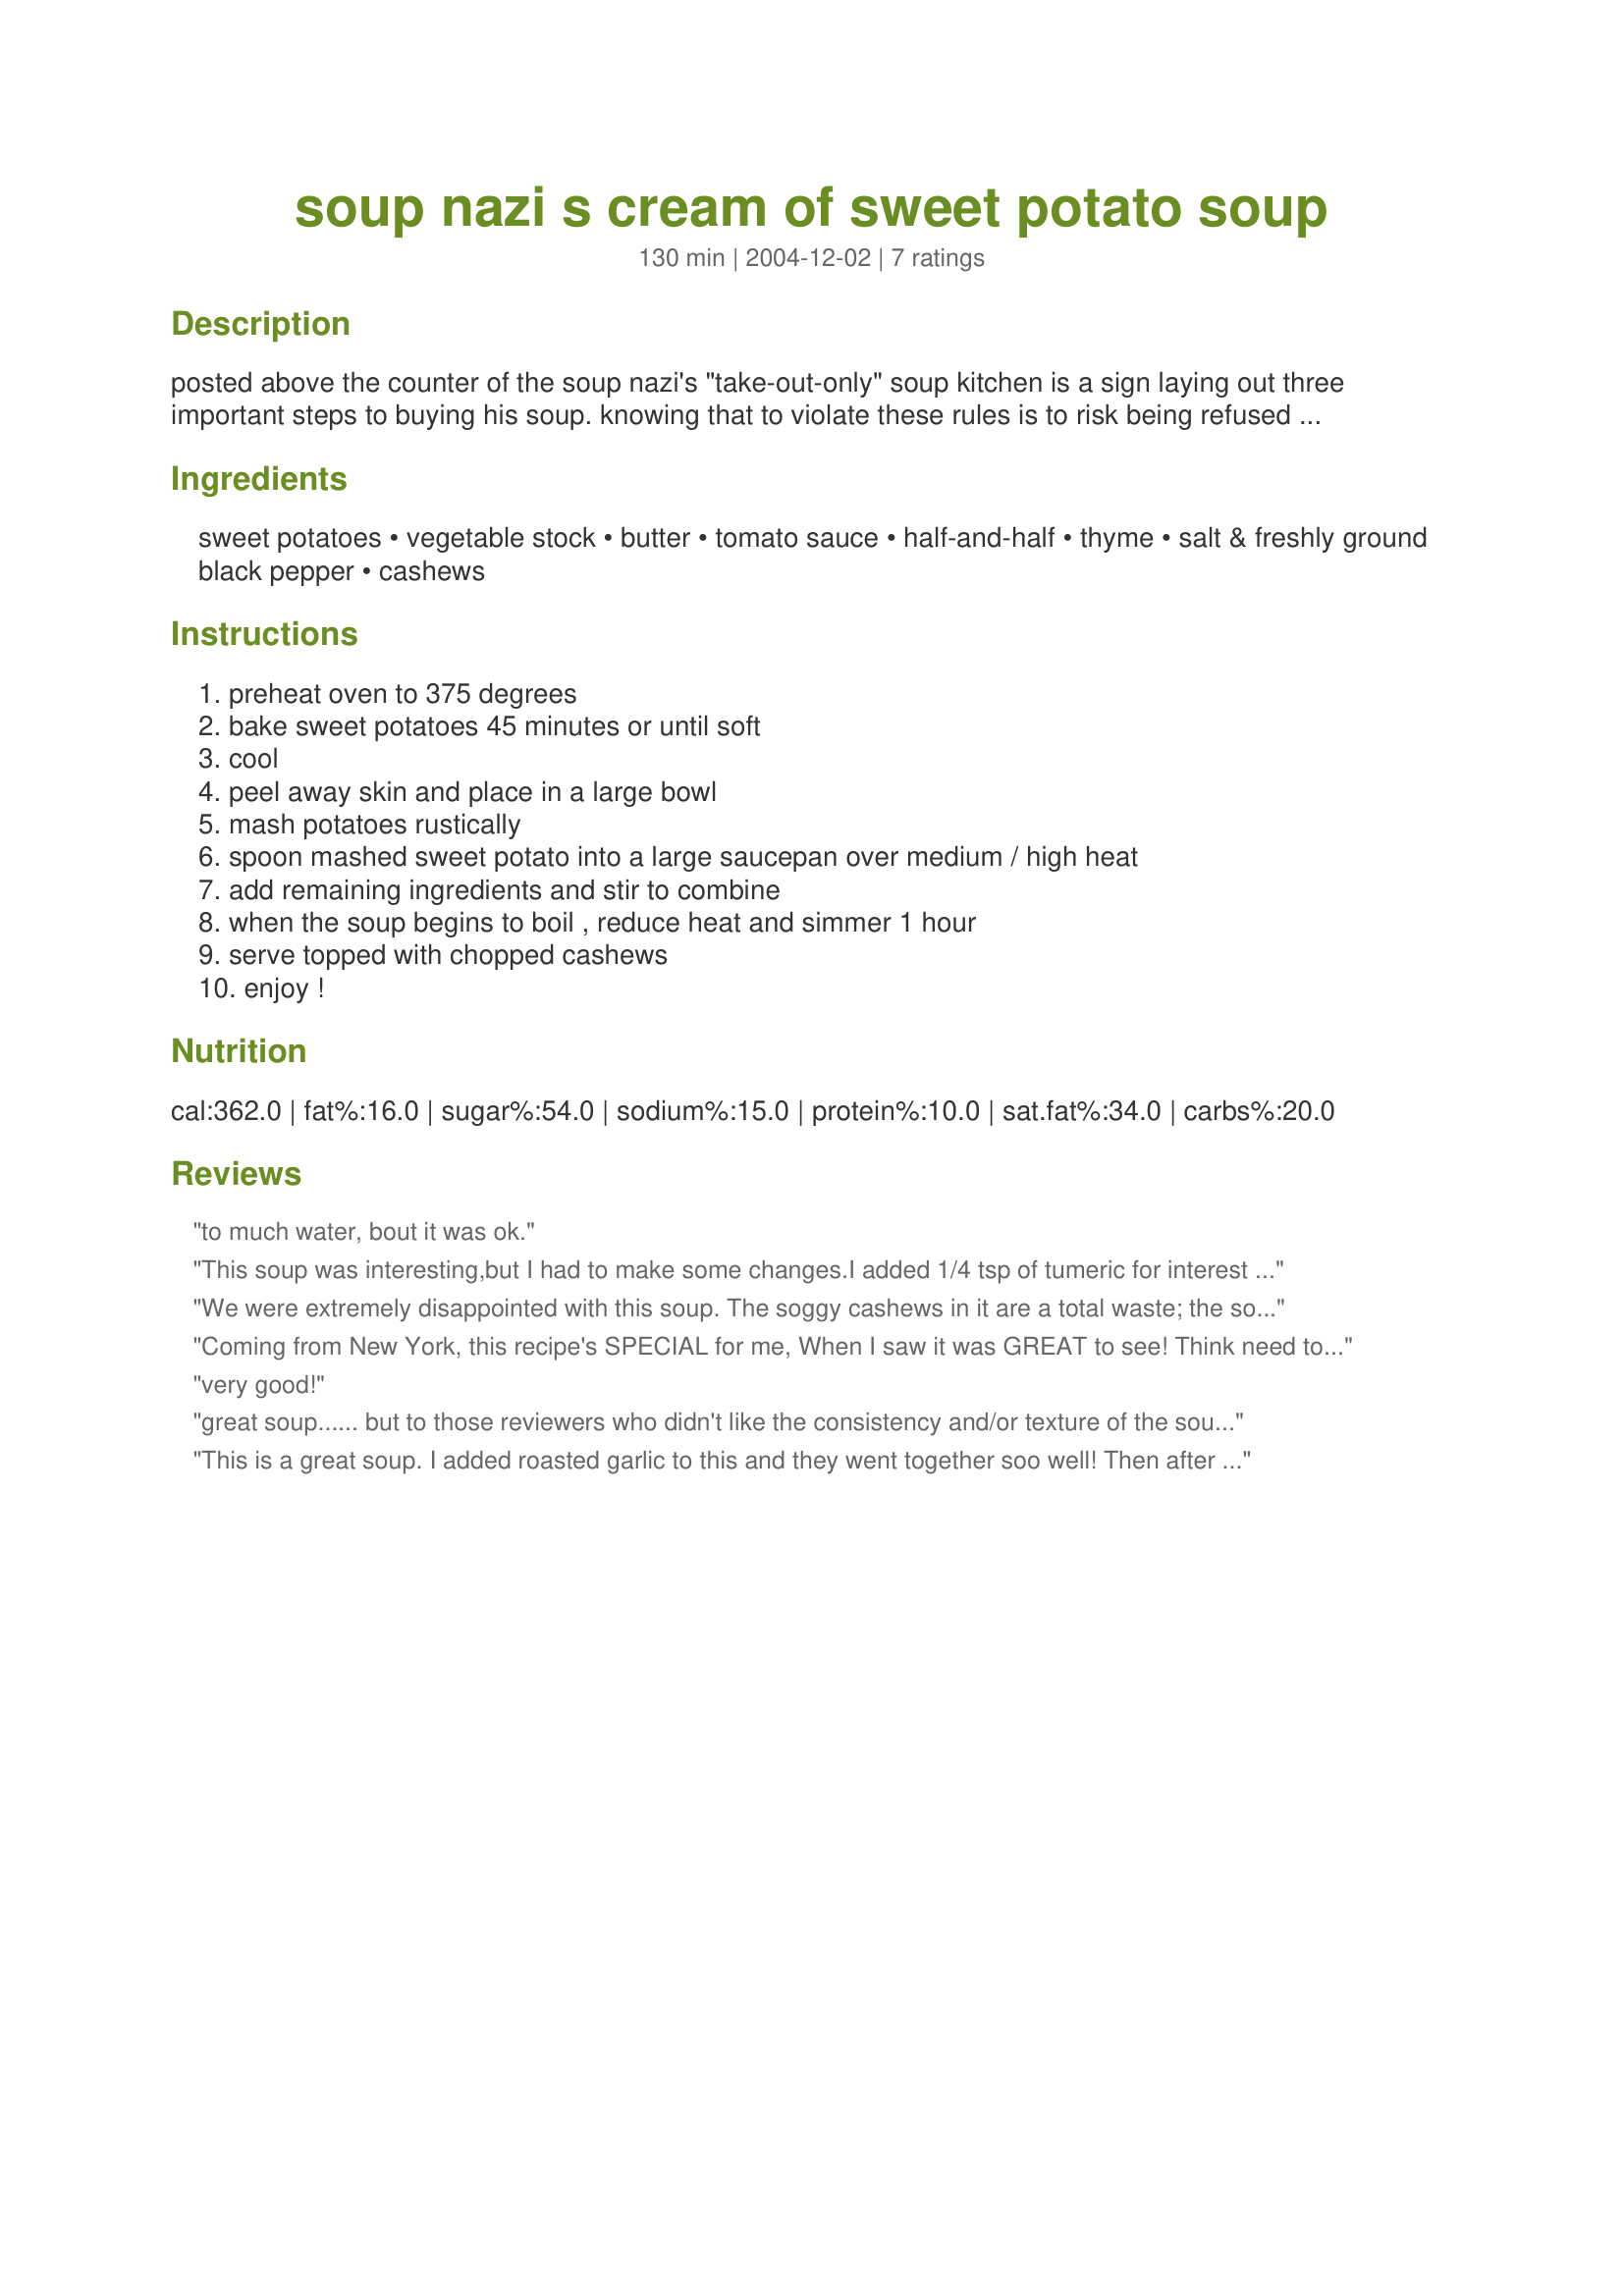
soup nazi s cream of sweet potato soup
Preparation time: 130 minutes

posted above the counter of the soup nazi's "take-out-only" soup kitchen is a sign laying out three important steps to buying his soup. knowing that to violate these rules is to risk being refused service, as most of us have seen in the classic 1995 episode of seinfeld. this is a "copycat" version of his cream of sweet potato soup.
p.s. the rules
1. stand on line & have your order & money ready when you get to the counter.
2. tell the soup nazi your order & pay him.
3. move to the far left to receive your order.

Ingredients:
sweet potatoes, vegetable stock, butter, tomato sauce, half-and-half, thyme, salt & freshly ground black pepper, cashews

Steps:
preheat oven to 375 degrees, bake sweet potatoes 45 minutes or until soft, cool, peel away skin and place in a large bowl, mash potatoes rustically, spoon mashed sweet potato into a large saucepan over medium / high heat, add remaining ingredients and stir to combine, when the soup begins to boil , reduce heat and simmer 1 hour, serve topped with chopped cashews, enjoy !

Reviews:
to much water, bout it was ok.
This soup was interesting,but I had to make some changes.I added 1/4
tsp of tumeric for interest and a bit more tomato sauce
and cream.I would also suggest substituting 1/2 of the water with chicken broth.
All in all,not bad..but would I stand on line and put up with a nasty little man to get it?...I don't think so
We were extremely disappointed with this soup. The soggy cashews in it are a total waste; the soup is watery and flavorless. We adore sweet potatoes...love Seinfeld too, but wouldn't go near this recipe again! Ended up throwing it out.
Coming from New York, this recipe's SPECIAL for me,
When I saw it was GREAT to see!
Think need to appreciate humour of show,
Would I recommend this? Have a go!
Only thing added was cayenne pepper,TRUE!
PLEASE don't tell the Soup Nazi as then would banned from store too!
very good!
great soup...... but to those reviewers who didn't like the consistency and/or texture of the soup , the solution is really quite simple...... blend it!!<br/>i certainly wasn't interested in a watery soup with soggy cashews either, so it seemed obvious to me to blend it for a thick, smooth consistency .<br/>i sauteed a brown onion in the pot before adding the rest. i also added half a head of roasted garlic to the mix. also, i didn't have thyme so threw in a quarter of a bunch of basil towards the end before i blended. and no half and half in Australia, so i used evaporated milk..... delish!! :)
This is a great soup. I added roasted garlic to this and they went together soo well! Then after they had simmered for a while i blended the lot, to add the garlic fully. Also (i dont know if this is really soup-strange) but I simmered it with the sweet potato skins in..just to add that extra goodness then i blended them into it aswell. Tasted great and I know im getting my roughage too! Cheers for the recipe.
